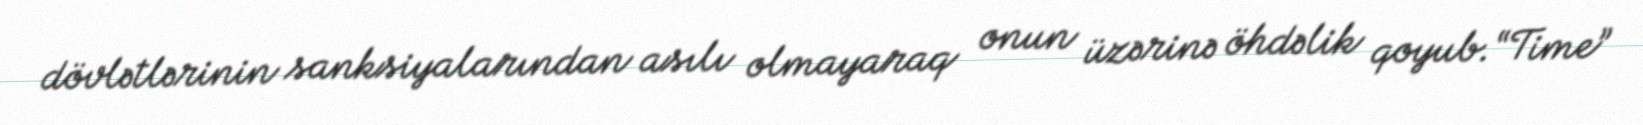
dövlətlərinin sanksiyalarından asılı olmayaraq onun üzərinə öhdəlik qoyub.“Time”